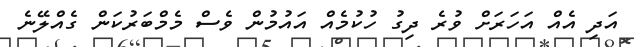
އަދި އެއް އަހަރަށް ވުރެ ދިގު ހުކުމެއް އައުމުން ވެސް މެމްބަރުކަން ގެއްލޭނެ